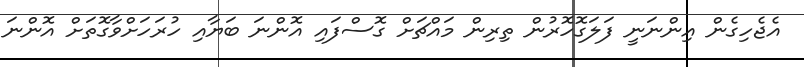
އެޖެހިގެން އިންނަނީ ފަލަގޮހޮރުން ތިރިން މައްޗަށް ގޮސްފައި އޮންނަ ބަޔާއި ހުރަހަށްވާގޮތަށް އޮންނަ